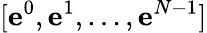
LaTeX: [\mathbf e^{0},\mathbf e^{1},...,\mathbf e^{N-1}]